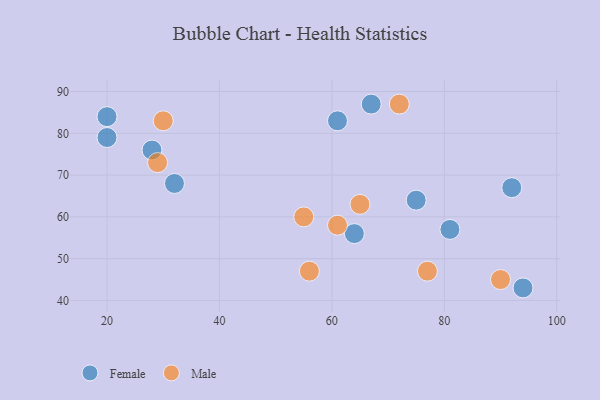
{"axis": {"x": "GDP", "y": "Life Expectancy"}, "legend": ["Female", "Male"], "data": [{"x": "94", "y": 43, "type": "Female"}, {"x": "20", "y": 79, "type": "Female"}, {"x": "92", "y": 67, "type": "Female"}, {"x": "28", "y": 76, "type": "Female"}, {"x": "61", "y": 83, "type": "Female"}, {"x": "32", "y": 68, "type": "Female"}, {"x": "20", "y": 84, "type": "Female"}, {"x": "64", "y": 56, "type": "Female"}, {"x": "67", "y": 87, "type": "Female"}, {"x": "75", "y": 64, "type": "Female"}, {"x": "81", "y": 57, "type": "Female"}, {"x": "29", "y": 73, "type": "Male"}, {"x": "77", "y": 47, "type": "Male"}, {"x": "65", "y": 63, "type": "Male"}, {"x": "61", "y": 58, "type": "Male"}, {"x": "90", "y": 45, "type": "Male"}, {"x": "30", "y": 83, "type": "Male"}, {"x": "56", "y": 47, "type": "Male"}, {"x": "72", "y": 87, "type": "Male"}, {"x": "55", "y": 60, "type": "Male"}]}